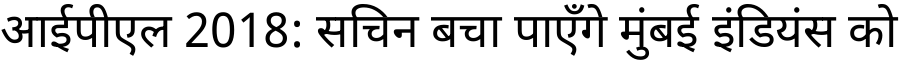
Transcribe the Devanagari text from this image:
आईपीएल 2018: सचिन बचा पाएँगे मुंबई इंडियंस को